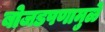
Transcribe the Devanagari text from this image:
बोजडपणामुळे